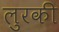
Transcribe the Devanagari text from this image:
लुरकी